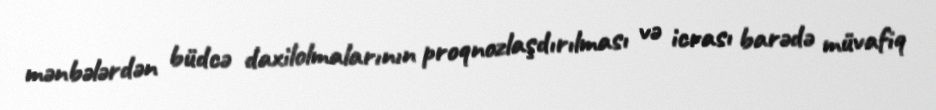
mənbələrdən büdcə daxilolmalarının proqnozlaşdırılması və icrası barədə müvafiq